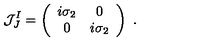
{ \cal J } _ { J } ^ { I } = \left( \begin{array} { c c } { i \sigma _ { 2 } } & { 0 } \\ { 0 } & { i \sigma _ { 2 } } \\ \end{array} \right) \ .